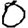
Digit: 0